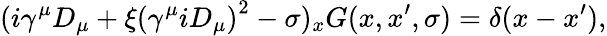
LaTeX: (i\gamma^{\mu}D_{\mu}+\xi\left(\gamma^{\mu}iD_{\mu}\right)^{2}-\sigma)_{x}G(x,x^{\prime},\sigma)=\delta(x-x^{\prime}),